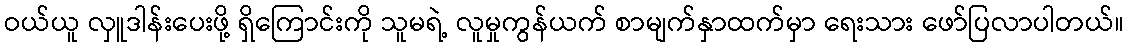
ဝယ်ယူ လှူဒါန်းပေးဖို့ ရှိကြောင်းကို သူမရဲ့ လူမှုကွန်ယက် စာမျက်နှာထက်မှာ ရေးသား ဖော်ပြလာပါတယ်။